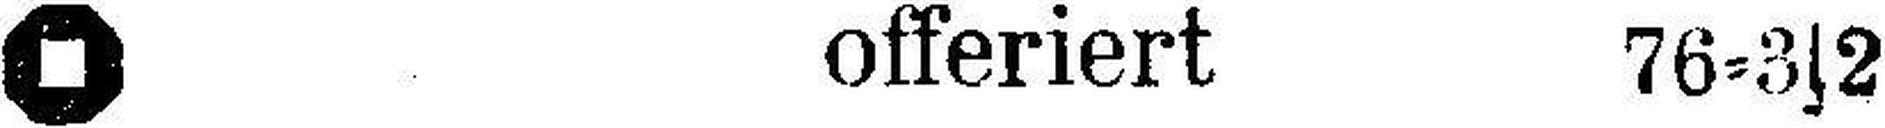
offeriert 76=3s2